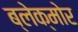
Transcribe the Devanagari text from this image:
ब्लेक्मोर